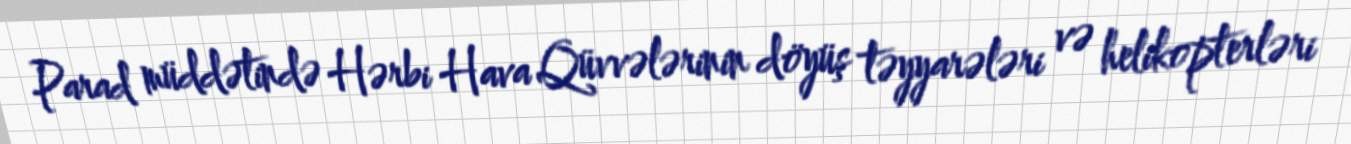
Parad müddətində Hərbi Hava Qüvvələrinin döyüş təyyarələri və helikopterləri